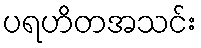
ပရဟိတအသင်း